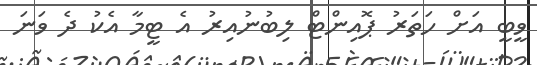
ވީބީ އަށް ހަތަރު ޕޮއިންޓް ލިބުނުއިރު އެ ޓީމާ އެކު ދެ ވަނަ